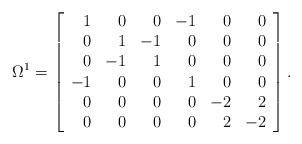
LaTeX: \begin{align*}\Omega^1 =\left[ \begin{array}{rrrrrr} 1 & 0 & 0 & -1 & 0 & 0 \\ 0 & 1 & -1 & 0 & 0 & 0 \\ 0 & -1 & 1 & 0 & 0 & 0 \\ -1& 0 & 0 & 1 & 0 & 0 \\ 0 & 0 & 0 & 0 & -2 & 2 \\ 0& 0 & 0 & 0 & 2 & -2 \end{array} \right].\end{align*}